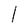
Character: l